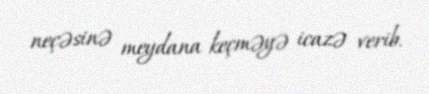
neçəsinə meydana keçməyə icazə verib.